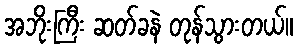
အဘိုးကြီး ဆတ်ခနဲ တုန်သွားတယ်။